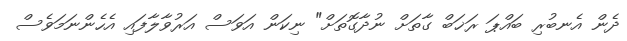
ދެން އެނބުރި ބައްޕަ ރަޚަބް ގާތަށް ނުދާގޮތަށް" ނިކަން އަވަސް އަރުވާލާފައި އެހެންނަމަވެސް